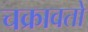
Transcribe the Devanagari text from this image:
चक्रावतो